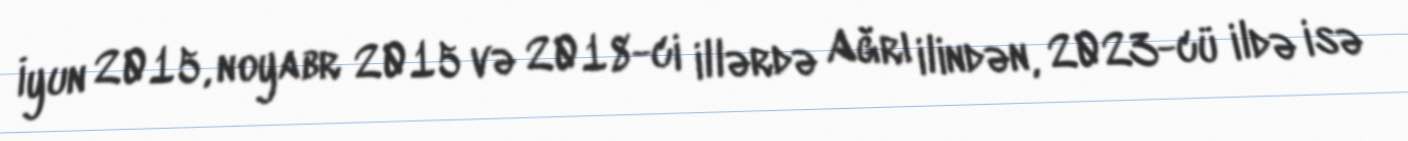
İyun 2015, noyabr 2015 və 2018-ci illərdə Ağrı ilindən, 2023-cü ildə isə